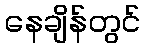
နေချိန်တွင်